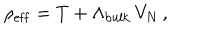
\rho _ { \mathrm { e f f } } = T + \Lambda _ { \mathrm { b u l k } } \, V _ { N } \, ,